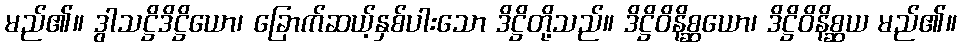
မည်၏။ ဒွါသဋ္ဌိဒိဋ္ဌိယော၊ ခြောက်ဆယ့်နှစ်ပါးသော ဒိဋ္ဌိတို့သည်။ ဒိဋ္ဌိဝိနိစ္ဆယော၊ ဒိဋ္ဌိဝိနိစ္ဆယ မည်၏။